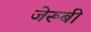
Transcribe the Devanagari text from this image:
जेरूबी